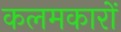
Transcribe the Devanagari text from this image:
कलमकारों